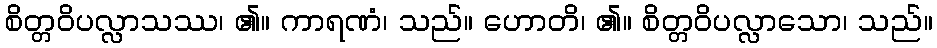
စိတ္တဝိပလ္လာသဿ၊ ၏။ ကာရဏံ၊ သည်။ ဟောတိ၊ ၏။ စိတ္တဝိပလ္လာသော၊ သည်။